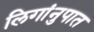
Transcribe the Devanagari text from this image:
लिगांनुपात